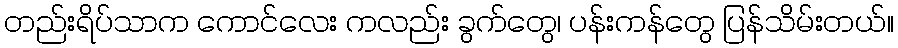
တည်းရိပ်သာက ကောင်လေး ကလည်း ခွက်တွေ၊ ပန်းကန်တွေ ပြန်သိမ်းတယ်။